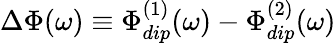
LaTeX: \Delta\Phi(\omega)\equiv\Phi_{dip}^{(1)}(\omega)-\Phi_{dip}^{(2)}(\omega)